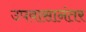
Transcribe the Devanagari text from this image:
उपवासानंतर